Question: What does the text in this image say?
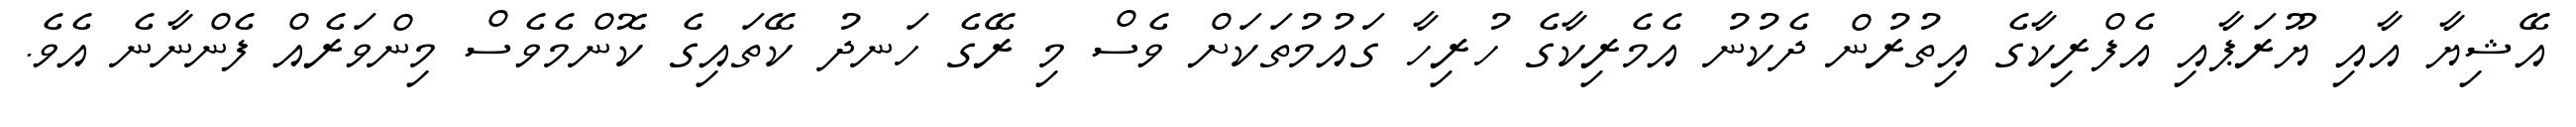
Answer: އޭޝިޔާ އާއި ޔޫރަޕާއި އެފްރިކާގެ އިތުރުން ދެކުނު އެމެރިކާގެ ހުރިހާ ގައުމުތަކަށް ވެސް މި ރޭގެ ހަނދު ކޭތައިގެ ކޮންމެވެސް މިންވަރެއް ފެންނާނެ އެވެ.